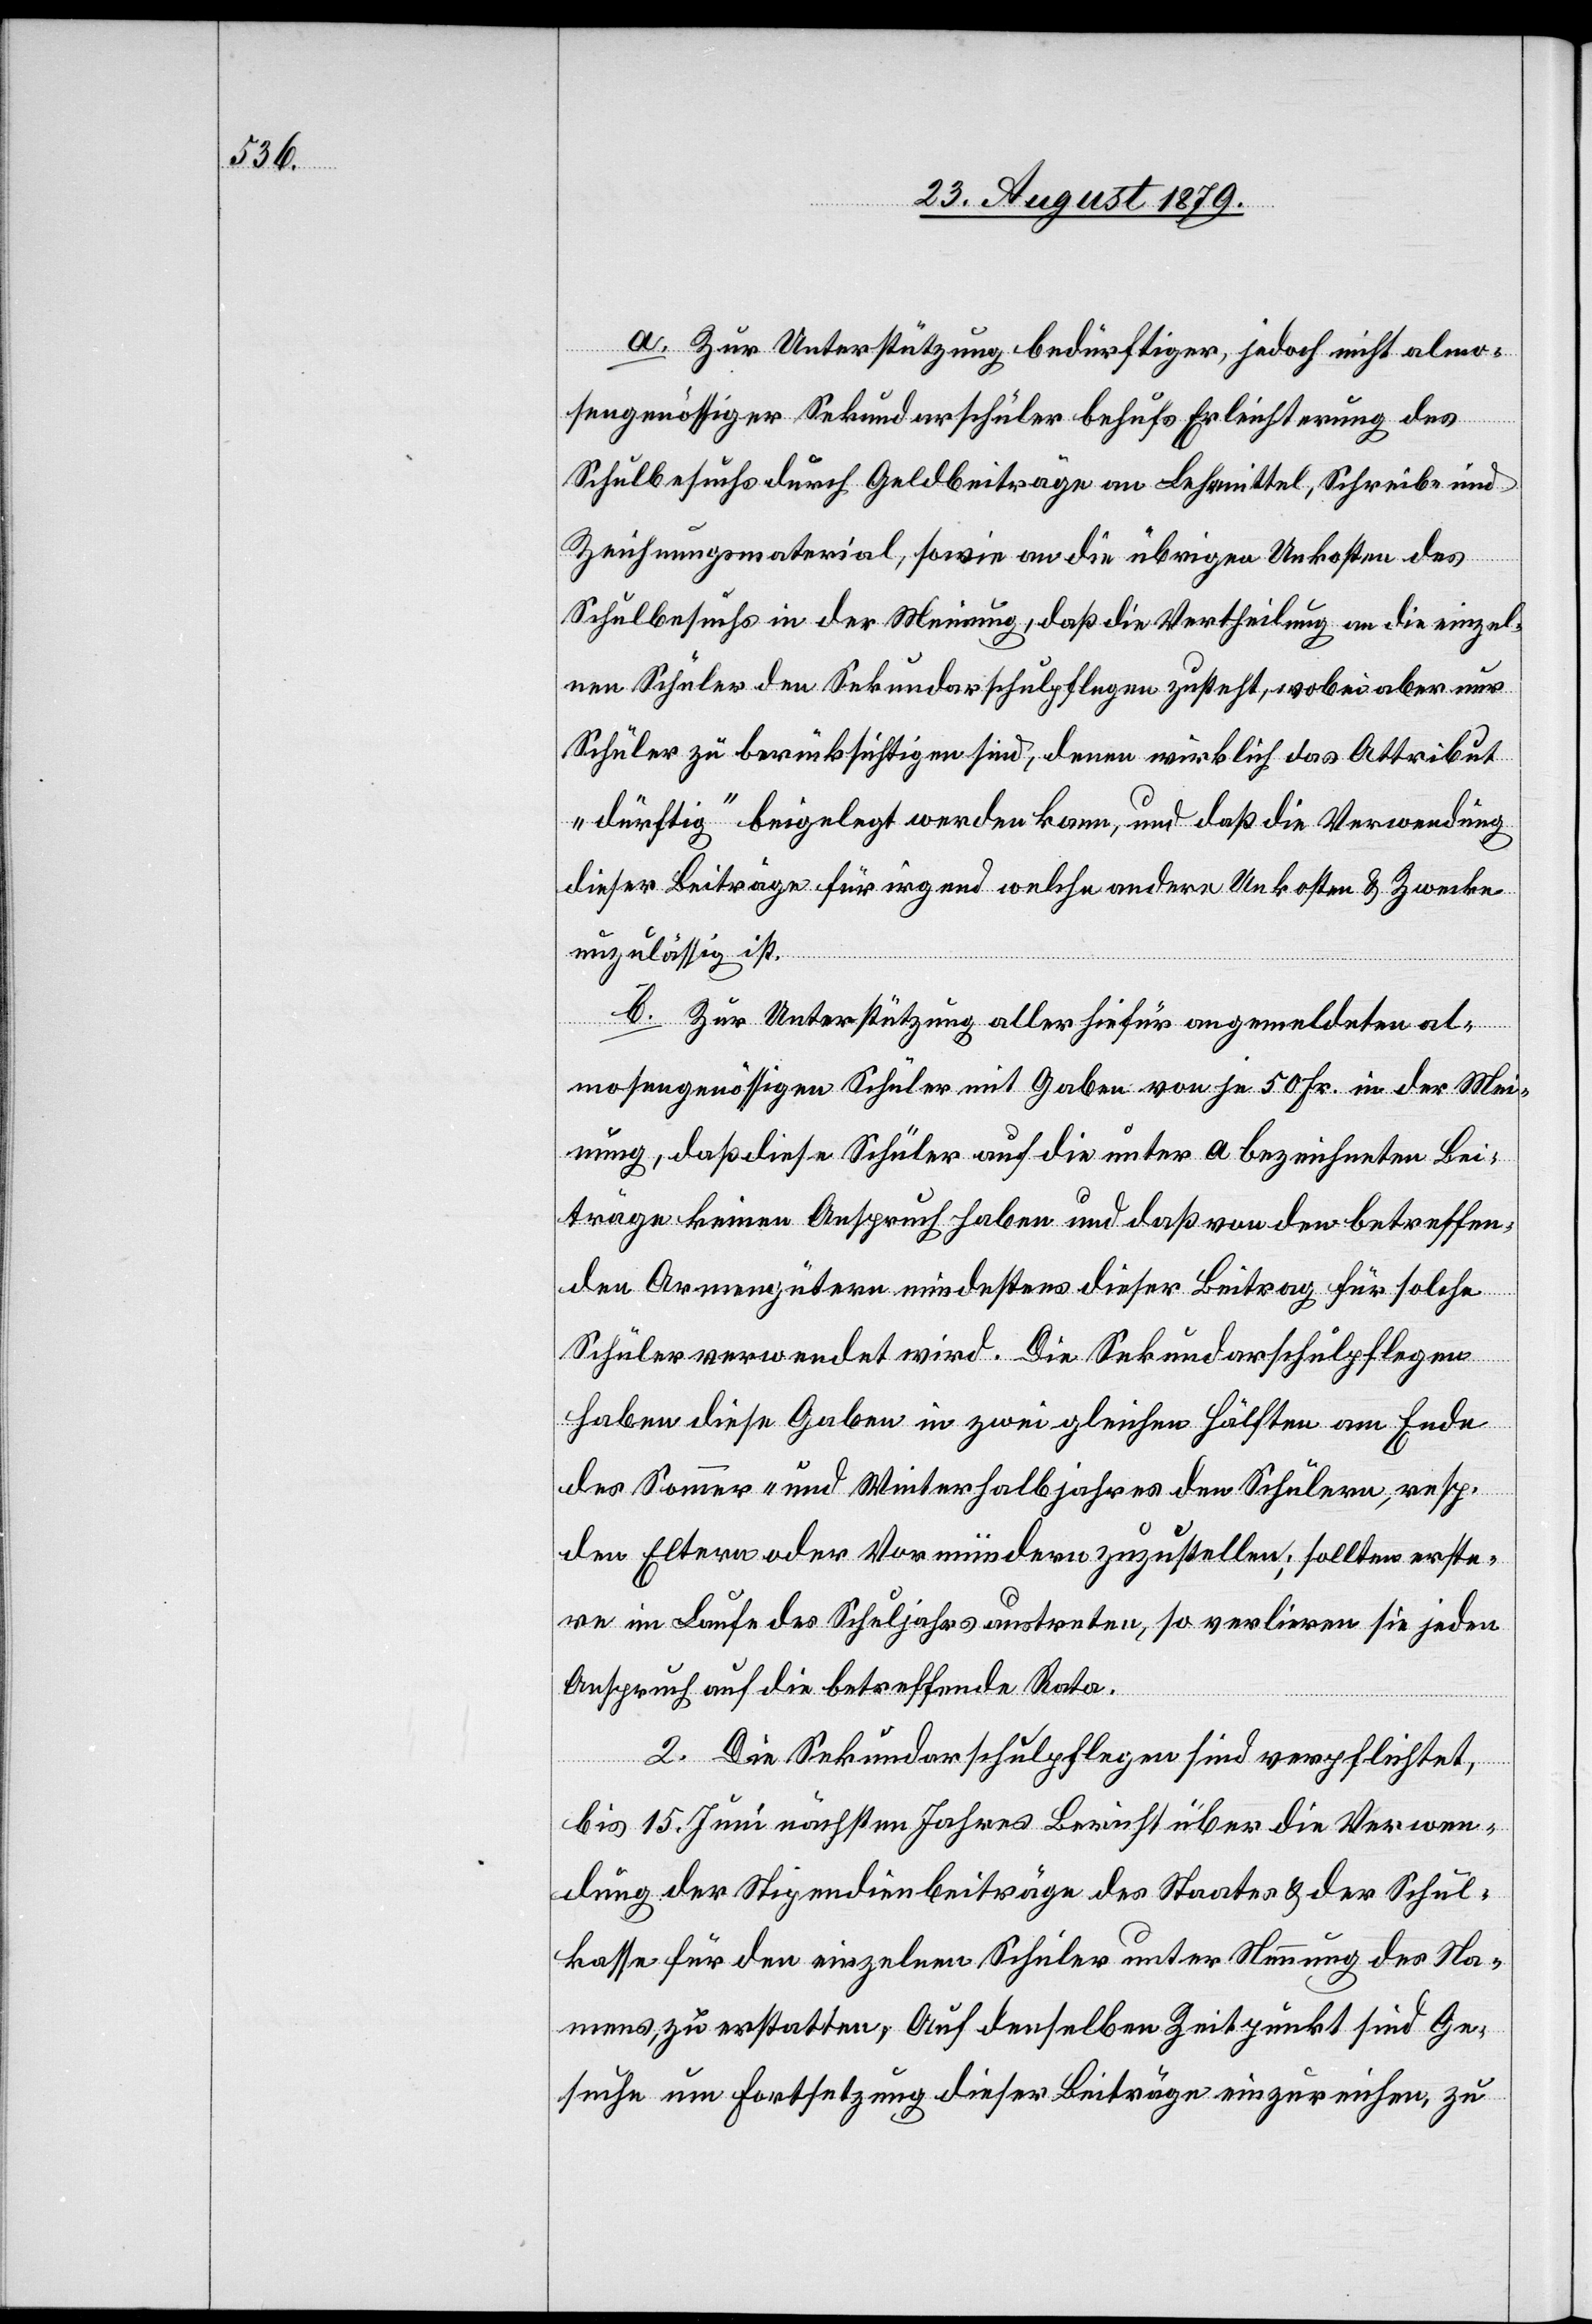
a. Zur Unterstützung bedürftiger, jedoch nicht almo¬
sengenössiger Sekundarschüler behufs Erleichterung des
Schulbesuchs durch Geldbeiträge an Lehrmittel, Schreib- und
Zeichnungsmaterial, sowie an die übrigen Unkosten des
Schulbesuchs in der Meinung, daß die Vertheilung an die einzel¬
nen Schüler den Sekundarschulpflegen zusteht, wobei aber nur
Schüler zu berücksichtigen sind, denen wirklich das Attribut
„dürftig“ beigelegt werden kann, und daß die Verwendung
dieser Beiträge für irgend welche andern Unkosten & Zwecke
unzulässig ist.
b. Zur Unterstützung aller hiefür angemeldeten al¬
mosengenössigen Schüler mit Gaben von je 50 Fr. in der Mei¬
nung, daß diese Schüler auf die unter a. bezeichneten Bei¬
träge keinen Anspruch haben und daß von den betreffen¬
den Armengütern mindestens dieser Beitrag für solche
Schüler verwendet wird. Die Sekundarschulpflegen
haben diese Gaben in zwei gleichen Hälften am Ende
des Sommer- und Winterhalbjahres den Schülern, resp.
den Eltern oder Vormündern zuzustellen; sollten erste¬
re im Laufe des Schuljahrs austreten, so verlieren sie jeden
Anspruch auf die betreffende Rata.
2. Die Sekundarschulpflegen sind verpflichtet,
bis 15. Juni nächsten Jahres Bericht über die Verwen¬
dung der Stipendienbeiträge des Staates- & der Schul¬
kasse für den einzelnen Schüler unter Nennung des Na¬
men zu erstatten. Auf denselben Zeitpunkt sind Ge¬
suche um Fortsetzung dieser Beiträge einzureichen, zu